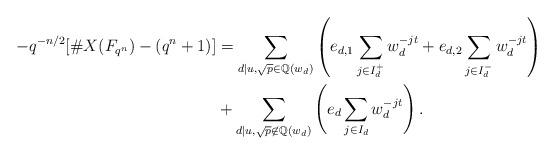
LaTeX: \begin{align*} -q^{-n/2}[\#X(F_{q^n})-(q^n+1)]&=\sum_{d\mid u,\sqrt p \in \mathbb Q(w_d)} \left( e_{d,1}\sum_{j\in I_d^+} w_d^{-jt} + e_{d,2}\sum_{j\in I_d^-} w_d^{-jt}\right)\\ &+\sum_{d\mid u,\sqrt p \not \in \mathbb Q(w_d)} \left( e_{d}\sum_{j\in I_d} w_d^{-jt} \right). \end{align*}